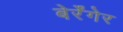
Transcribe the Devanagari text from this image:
बेर्रेंगेर